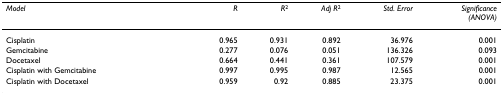
<table><thead><tr><td><b><i>Model</i></b></td><td><b><i>R</i></b></td><td><b><i>R</i><sup>2</sup></b></td><td><b><i>Adj R</i><sup>2</sup></b></td><td><b><i>Std. Error</i></b></td><td><b><i>Significance</i><i>(ANOVA)</i></b></td></tr></thead><tbody><tr><td>Cisplatin</td><td>0.965</td><td>0.931</td><td>0.892</td><td>36.976</td><td>0.001</td></tr><tr><td>Gemcitabine</td><td>0.277</td><td>0.076</td><td>0.051</td><td>136.326</td><td>0.093</td></tr><tr><td>Docetaxel</td><td>0.664</td><td>0.441</td><td>0.361</td><td>107.579</td><td>0.001</td></tr><tr><td>Cisplatin with Gemcitabine</td><td>0.997</td><td>0.995</td><td>0.987</td><td>12.565</td><td>0.001</td></tr><tr><td>Cisplatin with Docetaxel</td><td>0.959</td><td>0.92</td><td>0.885</td><td>23.375</td><td>0.001</td></tr></tbody></table>